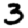
Digit: 3